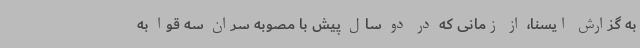
به گزارش ایسنا، از زمانی که در دو سال پیش با مصوبه سران سه قوا به